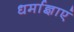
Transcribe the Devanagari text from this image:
धर्माज्ञाएं